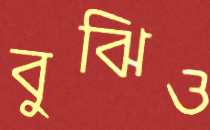
বুঝিও